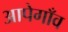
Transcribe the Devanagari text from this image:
आपेगाँव